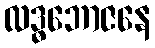
လဒ္ဓဘောဇနေ